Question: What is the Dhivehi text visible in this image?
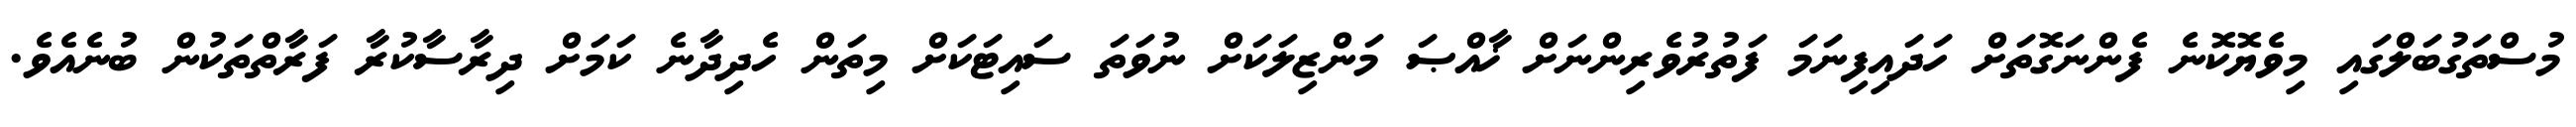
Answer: މުސްތަގުބަލްގައި މިވެޔޮކޮނެ ފެންނަގޮތަށް ހަދައިފިނަމަ ފަތުރުވެރިންނަށް ޚާއްޞަ މަންޒިލަކަށް ނުވަތަ ސައިޓަކަށް މިތަން ހެދިދާނެ ކަމަށް ދިރާސާކުރާ ފަރާތްތަކުން ބުނެއެވެ.